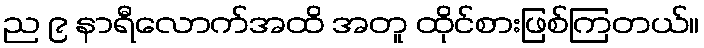
ည ၉ နာရီလောက်အထိ အတူ ထိုင်စားဖြစ်ကြတယ်။